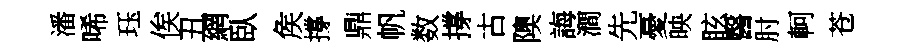
潘唏珏俟丑網臥矦撐鼎帆数撐古隩誨澗先憂映眩醫肘軻苍